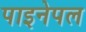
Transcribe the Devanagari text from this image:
पाइनेपल